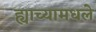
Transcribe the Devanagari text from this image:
ह्याच्यामधले